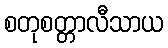
စတုစတ္တာလီသာယ